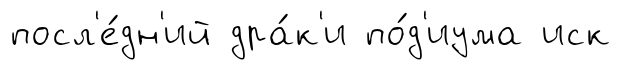
посл'е́дн'ий дра́к'и по́д'иума иск